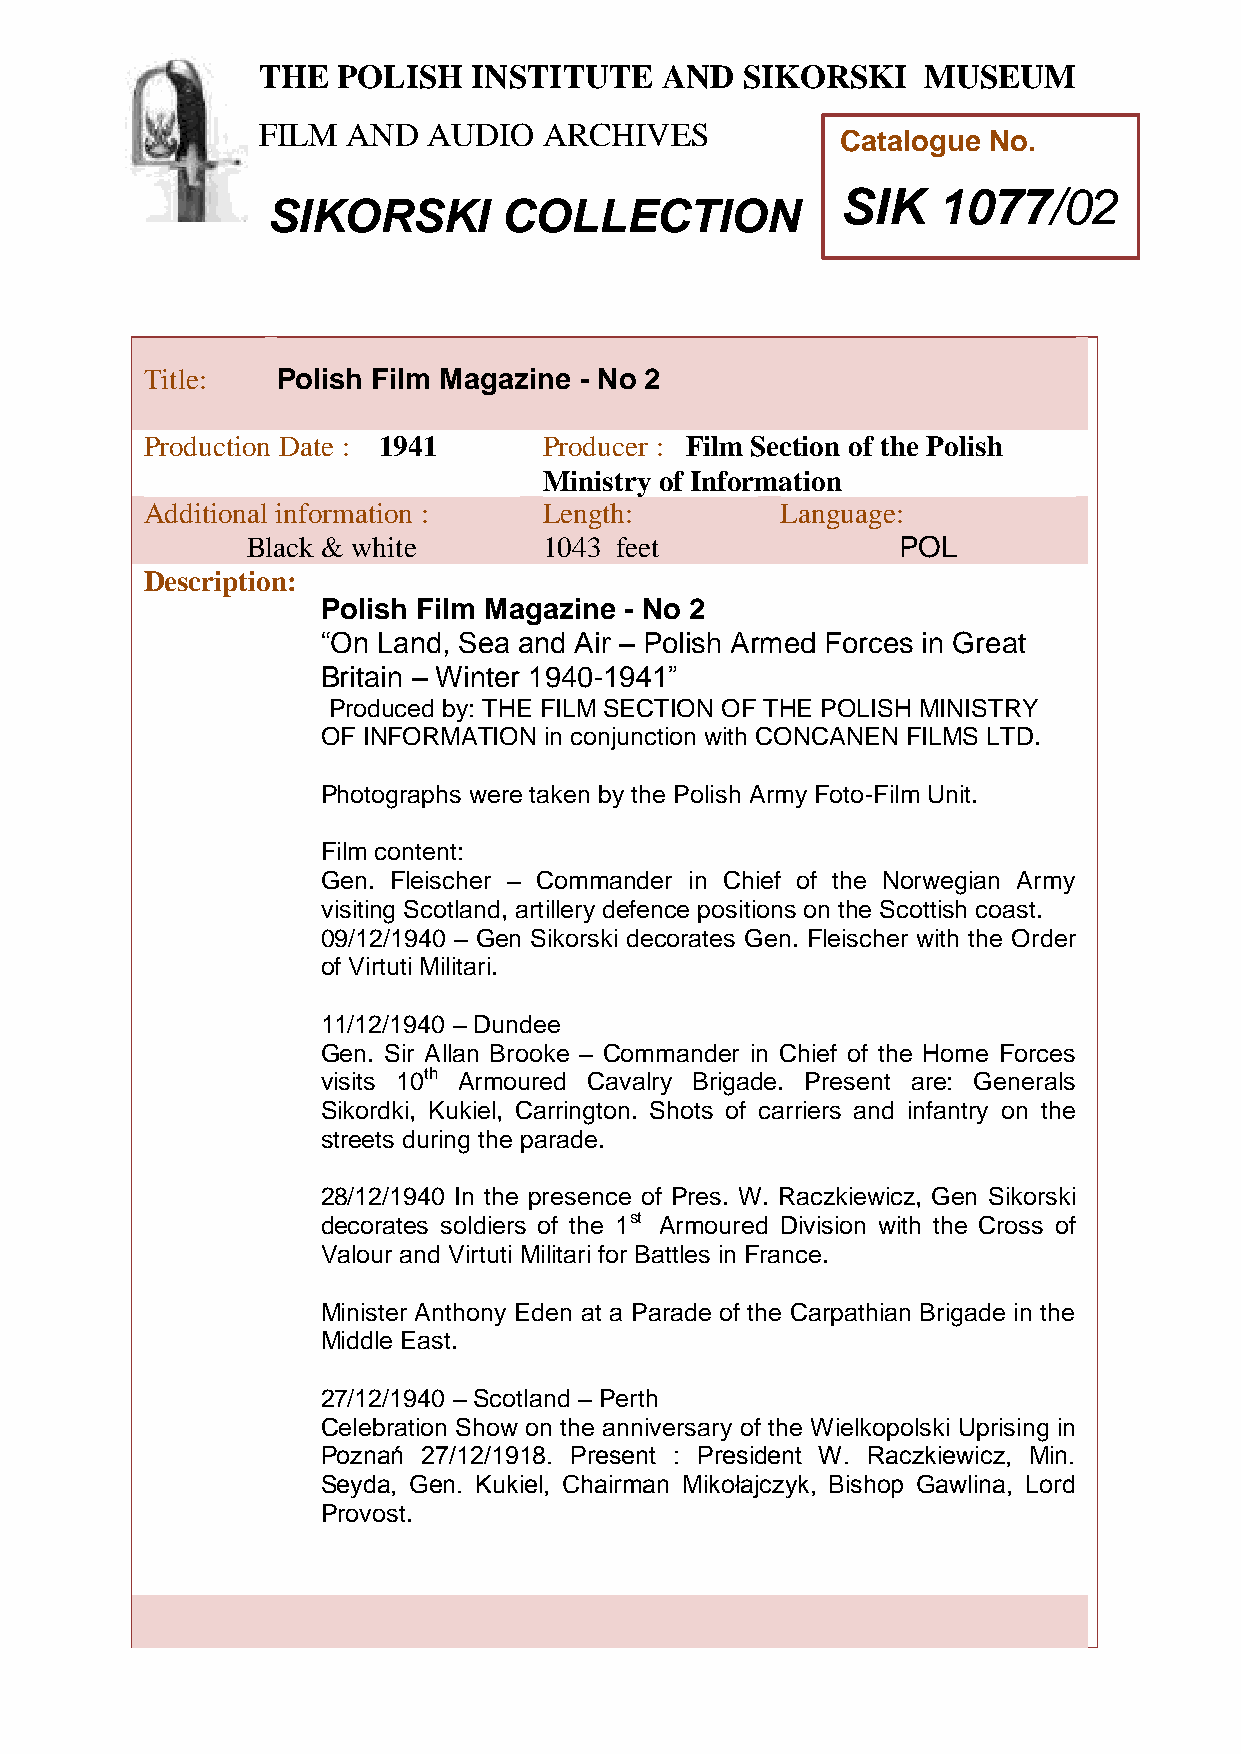
THE  POLISH   INSTITUTE    AND  SIKORSKI    MUSEUM
 FILM  AND  AUDIO   ARCHIVES
 Catalogue No.
 SIK   1077/02
 SIKORSKI       COLLECTION
 T
 hTitle:   Polish Film Magazine - No 2
 e
 Production Date : 1941     Producer : Film Section of the Polish
 P
 Ministry of Information
 Additioonal information :  Length:         Language:
 l
 i
 Black & white       1043 feet              POL
 s
 Description:
 h
 Polish Film Magazine - No 2
 I
 “On Land, Sea and Air – Polish Armed Forces in Great
 n
 Britain – Winter 1940-1941”
 s
 Produced by: THE FILM SECTION OF THE POLISH MINISTRY
 t
 i
 OF INFORMATION in conjunction with CONCANEN FILMS LTD.
 t
 u
 Photographs wetre taken by the Polish Army Foto-Film Unit.
 e
 Film content:
 Gen. Fleischer – Coammander in Chief of the Norwegian Army
 visiting Scotland, artillery defence positions on the Scottish coast.
 n
 09/12/1940 – Gen Sikorski decorates Gen. Fleischer with the Order
 d
 of Virtuti Militari.
 S
 11/12/1940 – Dundee      i
 Gen. Sir Allan Brooke – Commandker in Chief of the Home Forces
 visits 10th Armoured Cavalry Brigoade. Present are: Generals
 Sikordki, Kukiel, Carrington. Shots of crarriers and infantry on the
 streets during the parade.     s
 k
 i
 28/12/1940 In the presence of Pres. W. Raczki ewicz, Gen Sikorski
 decorates soldiers of the 1st Armoured Division with the Cross of
 Valour and Virtuti Militari for Battles in France. M
 u
 Minister Anthony Eden at a Parade of the Carpathian Brsigade in the
 Middle East.
 e
 u
 27/12/1940 – Scotland – Perth
 Celebration Show on the anniversary of the Wielkopolski Uprising in
 m
 Poznań 27/12/1918. Present : President W. Raczkiewicz, Min.
 Seyda, Gen. Kukiel, Chairman Mikołajczyk, Bishop Gawlina, Lord
 Provost.